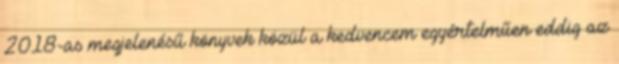
2018-as megjelenésű könyvek közül a kedvencem egyértelműen eddig az